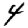
Digit: 4